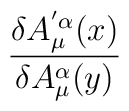
\frac{\delta A^{'\alpha }_{\mu }(x)}{\delta A^{\alpha }_{\mu }(y)}